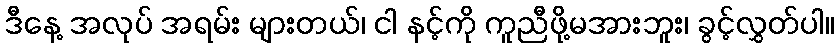
ဒီနေ့ အလုပ် အရမ်း များတယ်၊ ငါ နင့်ကို ကူညီဖို့မအားဘူး၊ ခွင့်လွှတ်ပါ။